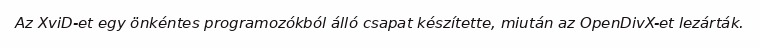
Az XviD-et egy önkéntes programozókból álló csapat készítette, miután az OpenDivX-et lezárták.